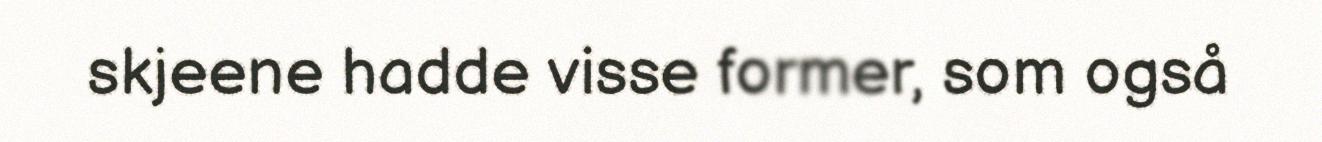
skjeene hadde visse former, som også